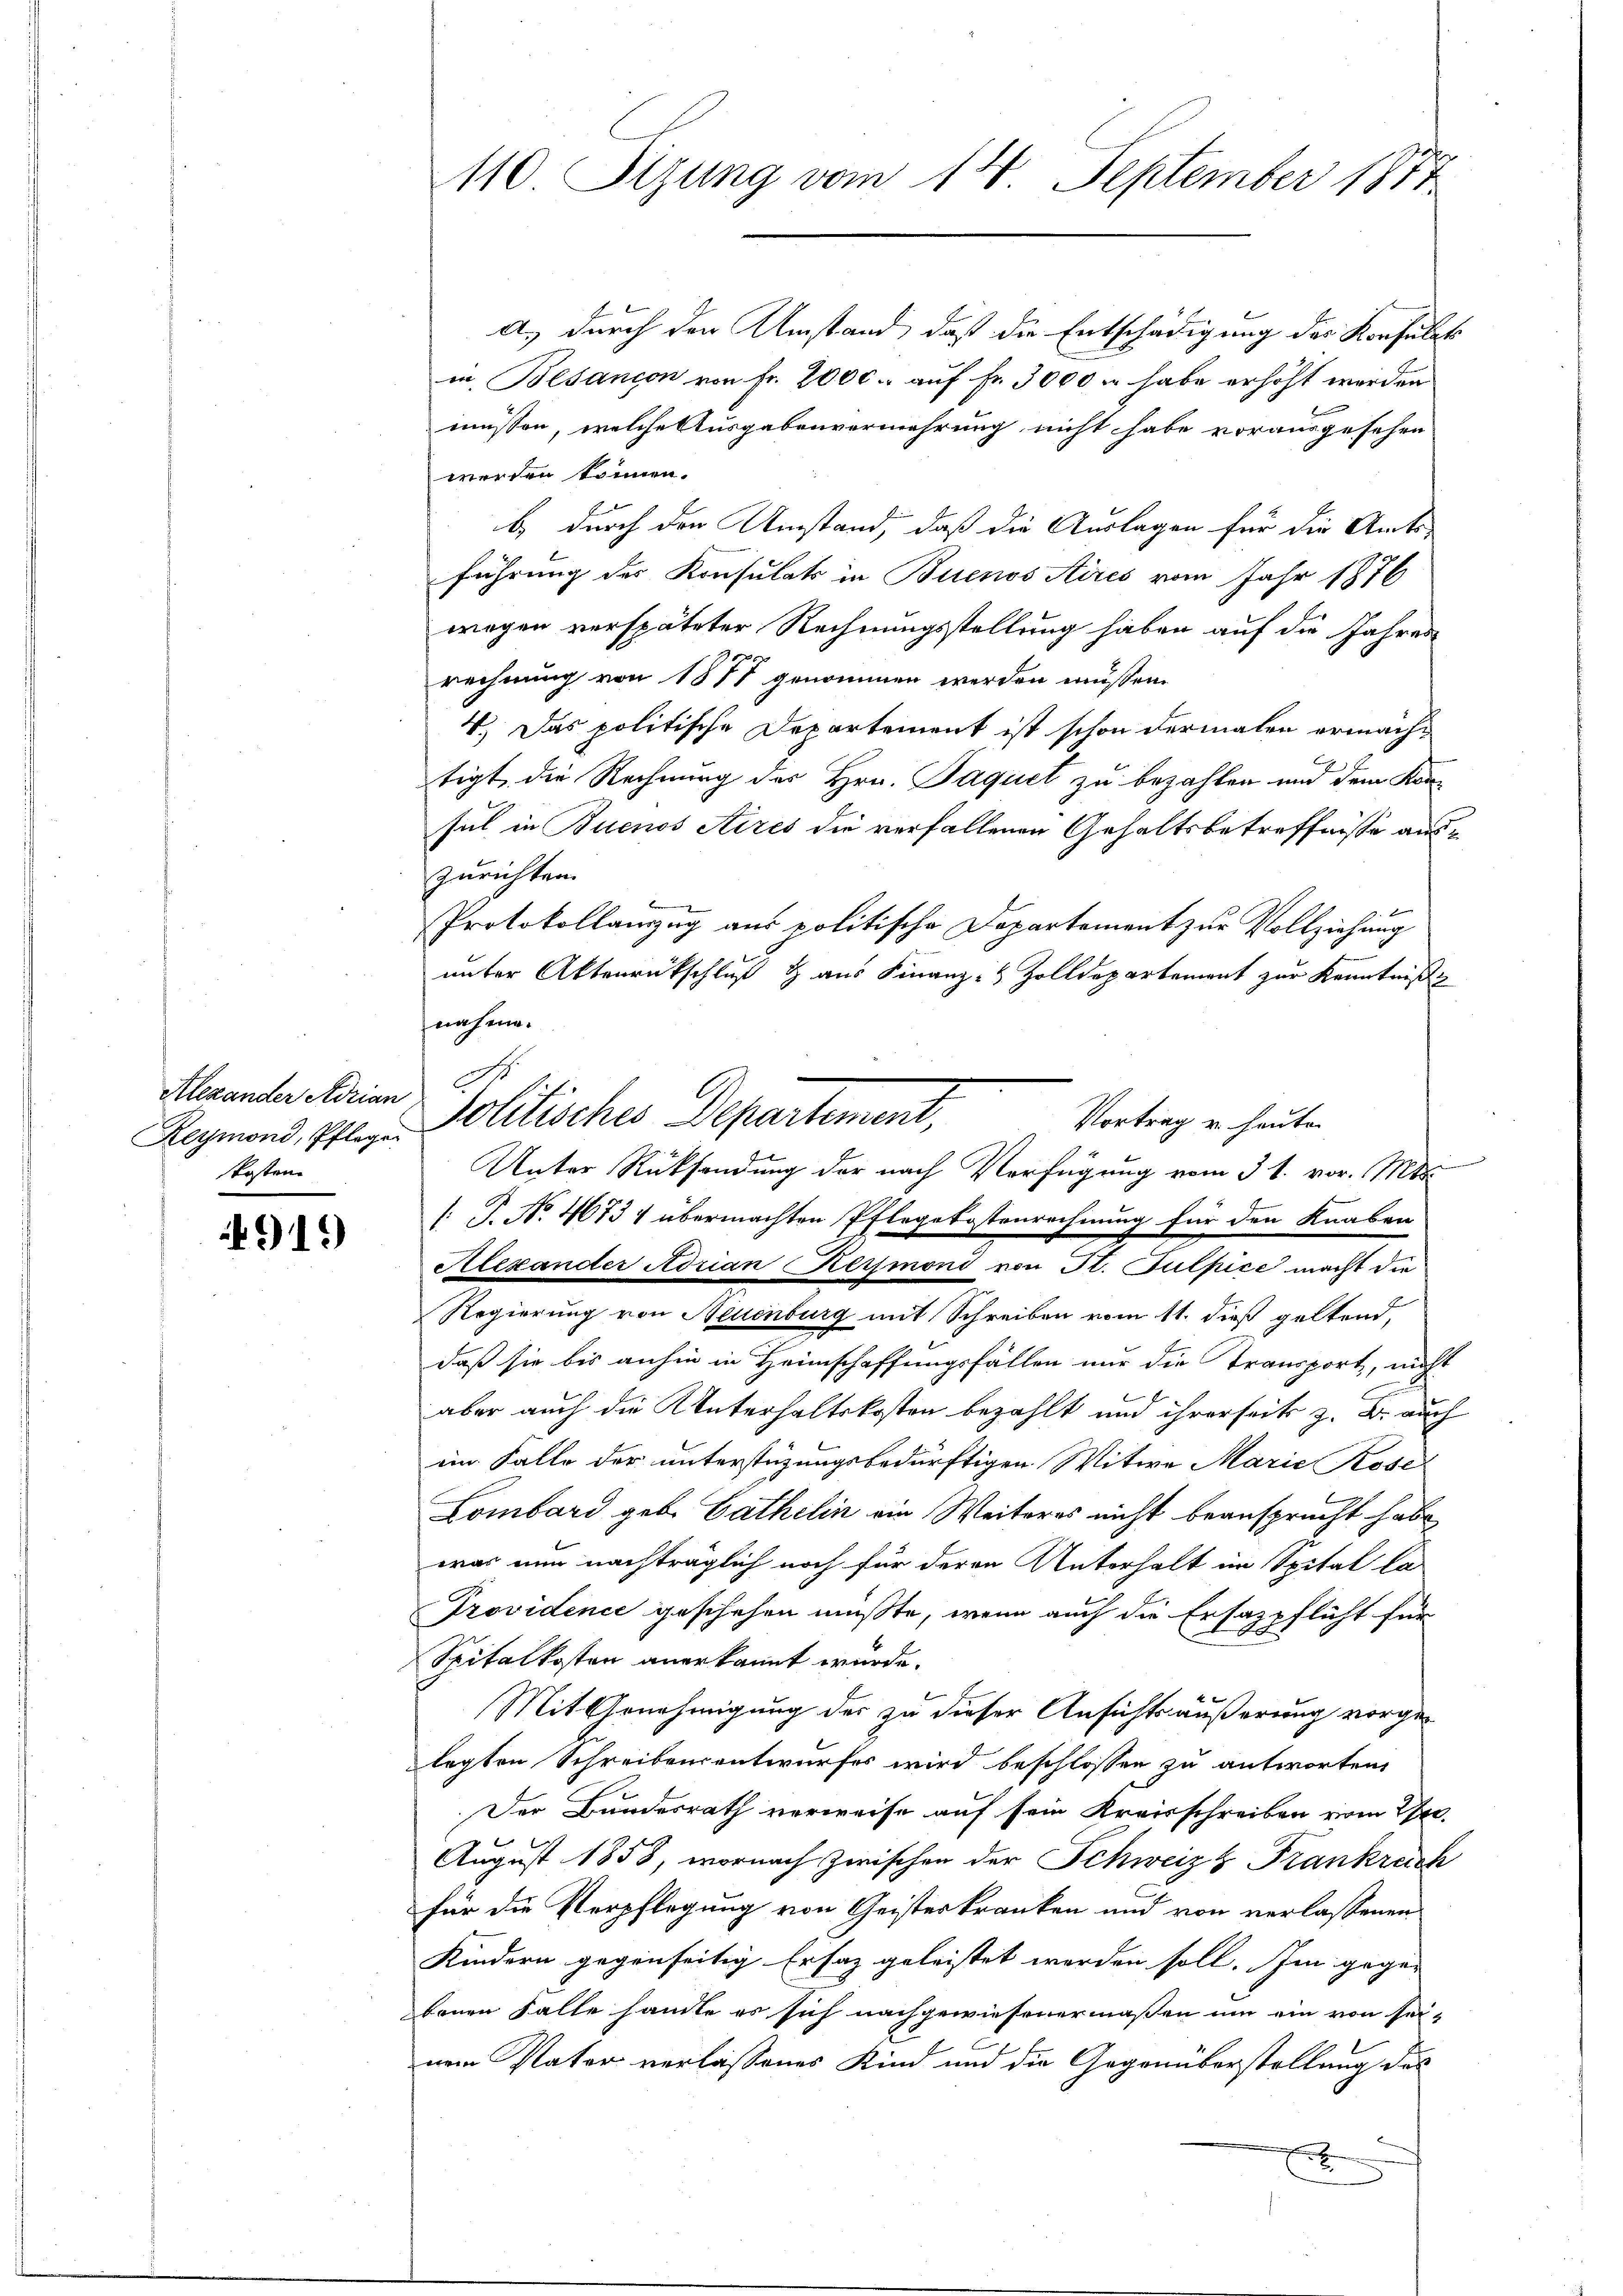
Alexander Adrian
Reymond, Pflegen
kosten.

4919

110 Sizung vom 14. September 1871

A.
Politisches Departement,
Vortrag u. heute.
Unter Rücksendung der nach Verfügung vom 31. vor. Mts.

A.) durch den Umstand, daß die Entschädigung der Konsulats
un Besandon von Fr. 2000. auf Fr. 3000 u habe erhöht werden
müssen, welche Ausgabenvermehrung nicht habe vorausgesehen
werden können.
b) durch den Umstand, daß die Auslagen für die Amts-
führung des Konsulats in Buenos Aires vom Jahr 1876
wegen verspäteter Rechnungsstellung haben auf die Jahres
rechnung von 1877 genommen werden müssen.
4.) Das politische Departement ist schon dermalen ermacht
tigt, die Rechnung des Hrn. Paquet zu bezahlen und dem Kansul in Buenos Aires die verfallenen Gehaltsbetreffnisse auszurichten.
Protokollanzug aus politische Departement zur Vollziehung
unter Aktenrückschluß & aus Finanz- & Zolldepartement zur Kenntniß
nahme.
 P. No 4673 4 übermachten Pflegekostenrechnung für den Knaben
Alexander Adrian Reymond von Fl. Tulpice macht die
Regierung von Neuenburg mit Schreiben vom 11. dieß geltend,
daß sie bis anhin in Heimschaffungsfällen nur die Transport, nicht
aber auch die Unterhaltskosten bezahlt und ihrerseits z. B. auch
im Falle der unterstüzungsbedürftigen Witwe Marie Rose
Lombard geb. Cathelin ein Weiteres nicht beansprucht habe
was nun nachträglich noch für deren Unterhalt im Spital la-
Providence geschehen mußte, wenn auch die Ersatzpflicht für
Spitalkosten anerkannt wurde.
Mit Genehmigung des zu dieser Ansichtsäußerung vorgelagten Schreibensentwurfes wird beschlossen zu antworten,
Der Bundesrath verweise auf sein Kreisschreiben vom 20.
August 1858, wornach zwischen der Schweiz & Frankrech
für die Verpflegung von Geisterkranken und von verlassenen
Kindern gegenseitig Ersatz geleistet werden soll. Im gegen
benen Falle handle es sich nachgewiesenermaßen um ein von sei-
nem Vater verlassenes Kind und die Gegenüberstellung des
x